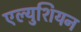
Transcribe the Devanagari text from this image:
एल्युशियन